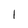
Character: I